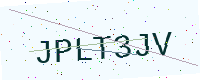
Text: JPLT3JV